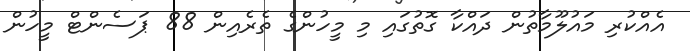
އެއްކުރި މައުލޫމާތުން ދައްކާ ގޮތުގައި މި މީހުންގެ ތެރެއިން 88 ޕަސެންޓް މީހުން